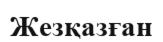
Жезқазған